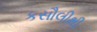
કસૌલીથી